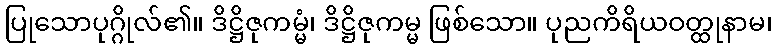
ပြုသောပုဂ္ဂိုလ်၏။ ဒိဋ္ဌိဇုကမ္မံ၊ ဒိဋ္ဌိဇုကမ္မ ဖြစ်သော။ ပုညကိရိယဝတ္ထုနာမ၊